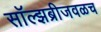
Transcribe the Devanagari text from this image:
सॉल्झब्रीजवळच